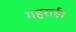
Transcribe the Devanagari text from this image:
गहराई।